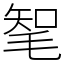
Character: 㲛